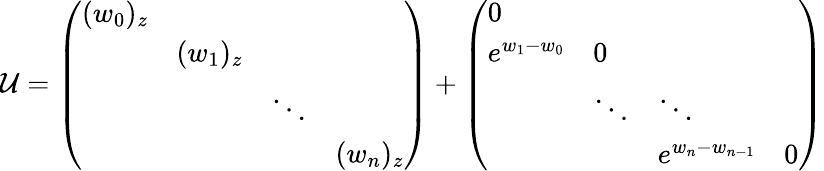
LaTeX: \mathcal{U}=\left(\begin{array}{llll}{(w_{0})_{z}}&&&\\ &{(w_{1})_{z}}&&\\ &&{\ddots}&\\ &&&{(w_{n})_{z}}\end{array}\right)+\left(\begin{array}{llll}{0}&&&\\ {e^{w_{1}-w_{0}}}&{0}&&\\ &{\ddots}&{\ddots}&\\ &&{e^{w_{n}-w_{n-1}}}&{0}\end{array}\right)